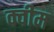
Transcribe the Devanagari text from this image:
क्वीम